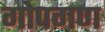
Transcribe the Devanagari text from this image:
गोपगण